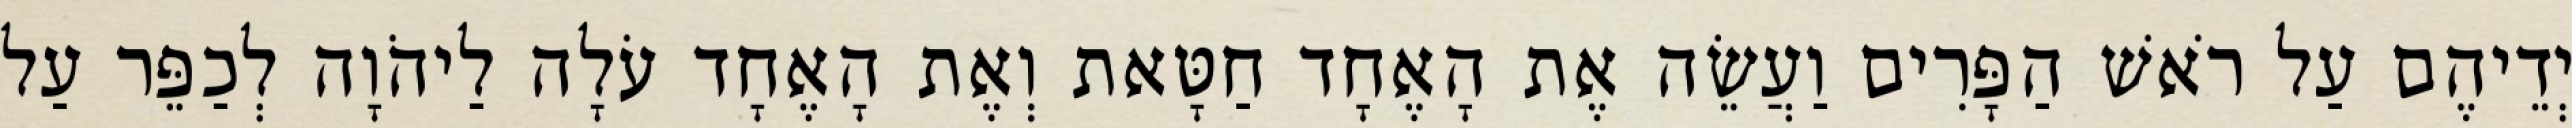
יְדֵיהֶם עַל רֹאשׁ הַפָּרִים וַעֲשֵׂה אֶת הָאֶחָד חַטָּאת וְאֶת הָאֶחָד עֹלָה לַיהֹוָה לְכַפֵּר עַל